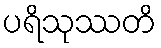
ပရိသုဿတိ